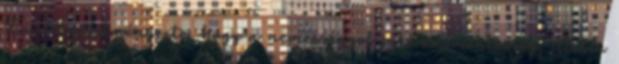
Ez azt eredményezte, hogy a nemességgel járó adómentesség, illetve